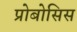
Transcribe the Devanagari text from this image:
प्रोबोसिस